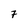
Character: 7